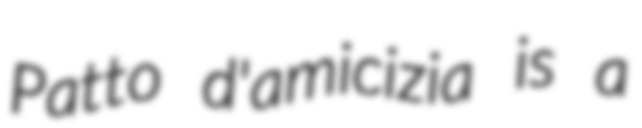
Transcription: Patto d'amicizia is a